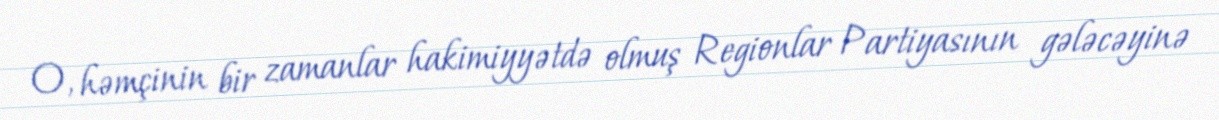
O, həmçinin bir zamanlar hakimiyyətdə olmuş Regionlar Partiyasının gələcəyinə